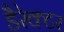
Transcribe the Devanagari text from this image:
डैरेक्टर